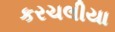
કરચલીયા